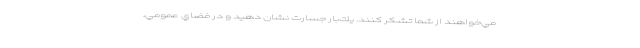
مي‌خواهند از شما تشكر كنند. يك‌بار جسارت نشان دهيد و در فضاي عمومي،